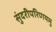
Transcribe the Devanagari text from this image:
सुंदरीपरिणयमु